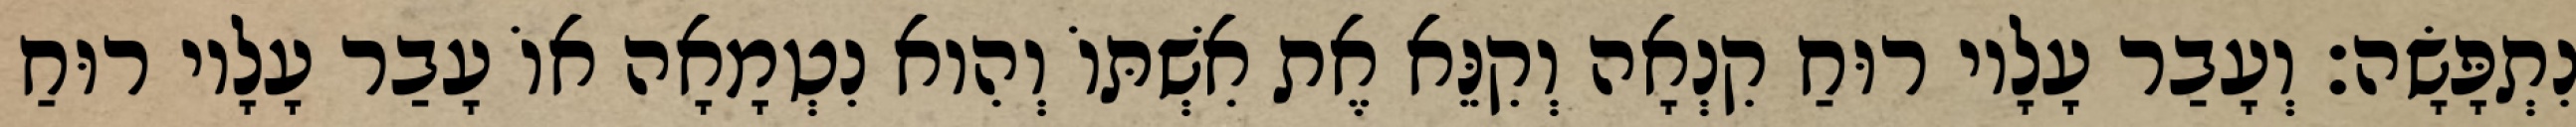
נִתְפָּשָׂה׃ וְעָבַר עָלָיו רוּחַ קִנְאָה וְקִנֵּא אֶת אִשְׁתּוֹ וְהִוא נִטְמָאָה אוֹ עָבַר עָלָיו רוּחַ